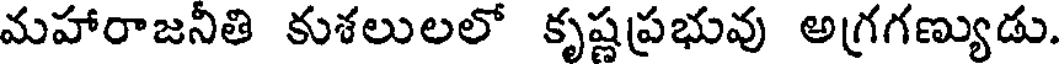
మహారాజనీతి కుశలులలో కృష్ణప్రభువు అగ్రగణ్యుడు.